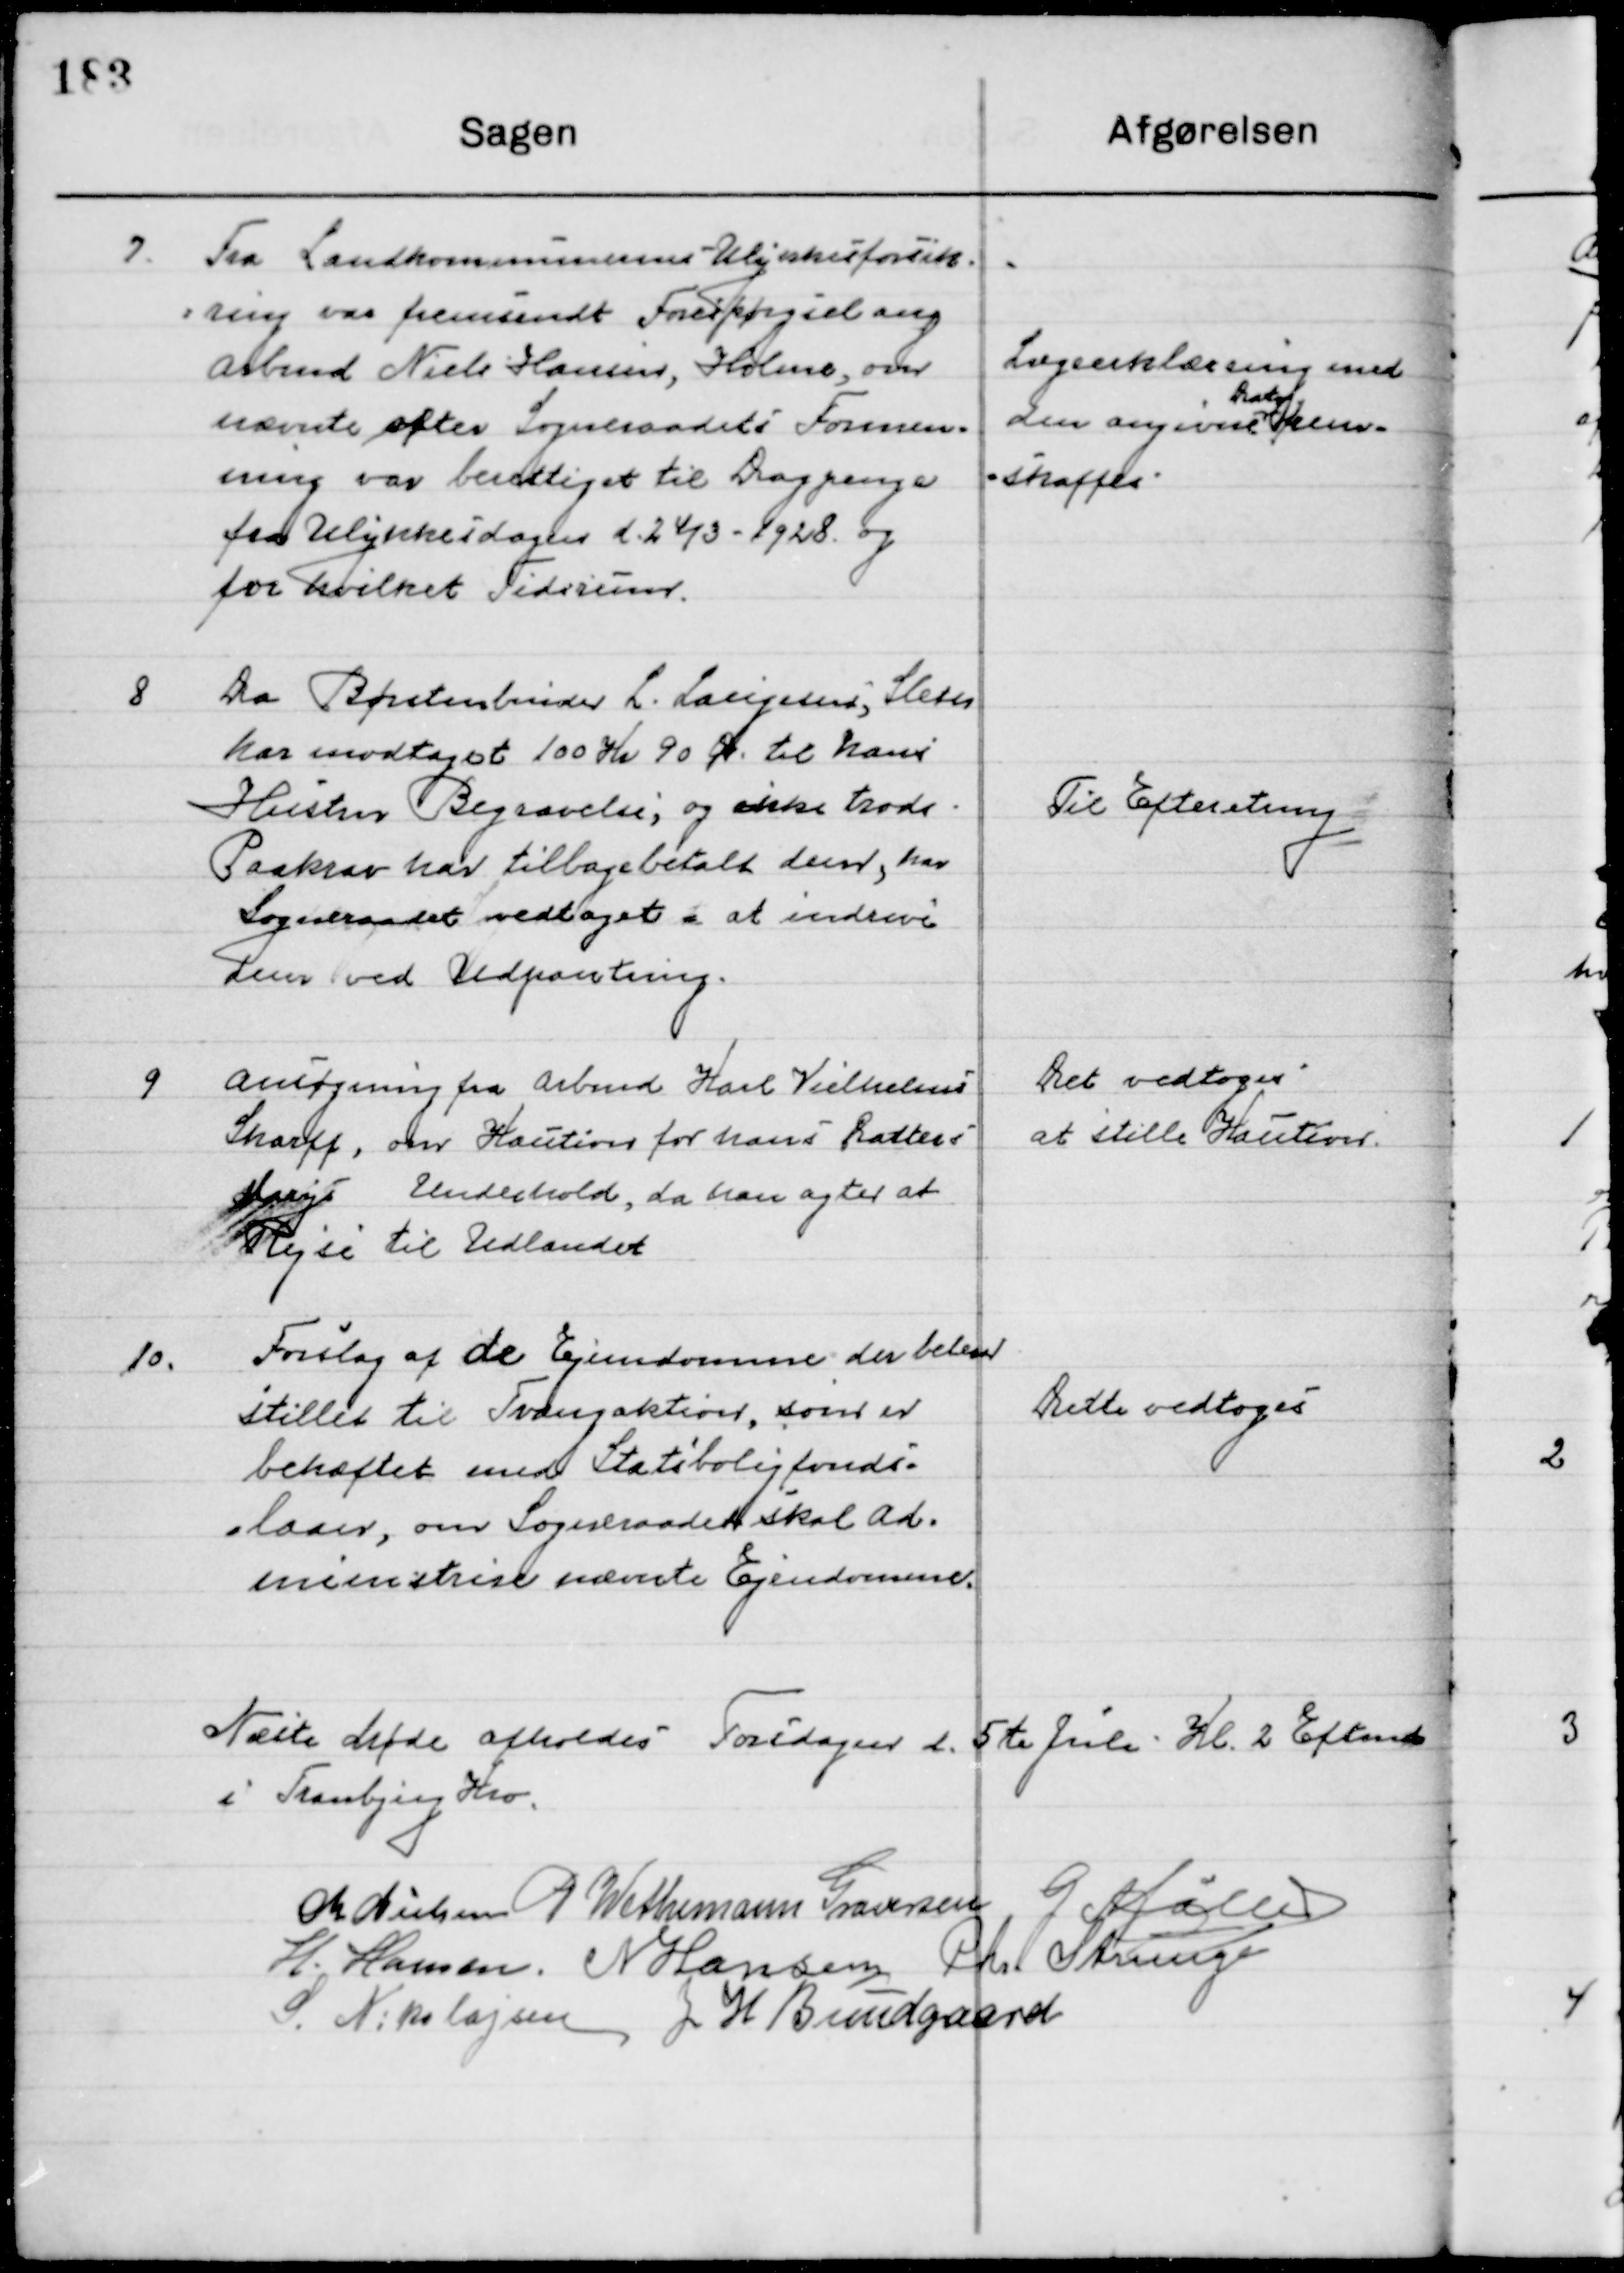
Transskription:
7

Fra Landkommunernes Udstykningsforsik-
ring var fremsendt forespørgsel ang. 
Arbmd. Niels Hansen, Holme over-
nævnte efter Sogneraadets Formod-
ning var berettiget til Dagpenge 
fra Ulykkesdagen d. 24 / 3 1928 og 
for hvilket Tidsrum	Lægeerklæring med

Den angivne 
Rets-
ken
delses 
skaffes

8

Da Børstenbinder L. Laristen, Sleth
Har modtaget 100 Kr. 90 Øre til hans
Hustrus Begravelse, og ikke trods
Paastaar har tilbagebetalt dem, har
Sogneraadet vedtaget i at inddrive
dem ved Udpantning.

Til Efterretning

9

Ansøgning fra Arbmd. Karl Vilhelmsen
Sharff, over Kaution for hans Datters
Marys Underhold, da han agter at 	
Rejse til Udlandet.

Det vedtoges 
at stille Kaution

10

Forslag af de Ejendomme der betaler
stilles til Tvangsauktion, som er
Behæftet med Statsboligfonds-
Laan, om Sogneraadet skal Ad-
ministrere nævnte Ejendomme.

Dette vedtoges

Næste Møde afholdes Torsdagen d. 5te Juli Kl. 2 Eftermd.
i Tranbjerg Kro.

M. Nielsen
P. Wethemann Graversen
G. Møller
H. Hansen
N. Hansen
Chr. Strunge
S. Nikolajsen
J. H. Bundgaard